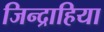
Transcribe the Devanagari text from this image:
जिन्द्राहिया